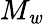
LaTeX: M_{\mathit{w}}